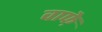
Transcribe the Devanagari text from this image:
वाफे़